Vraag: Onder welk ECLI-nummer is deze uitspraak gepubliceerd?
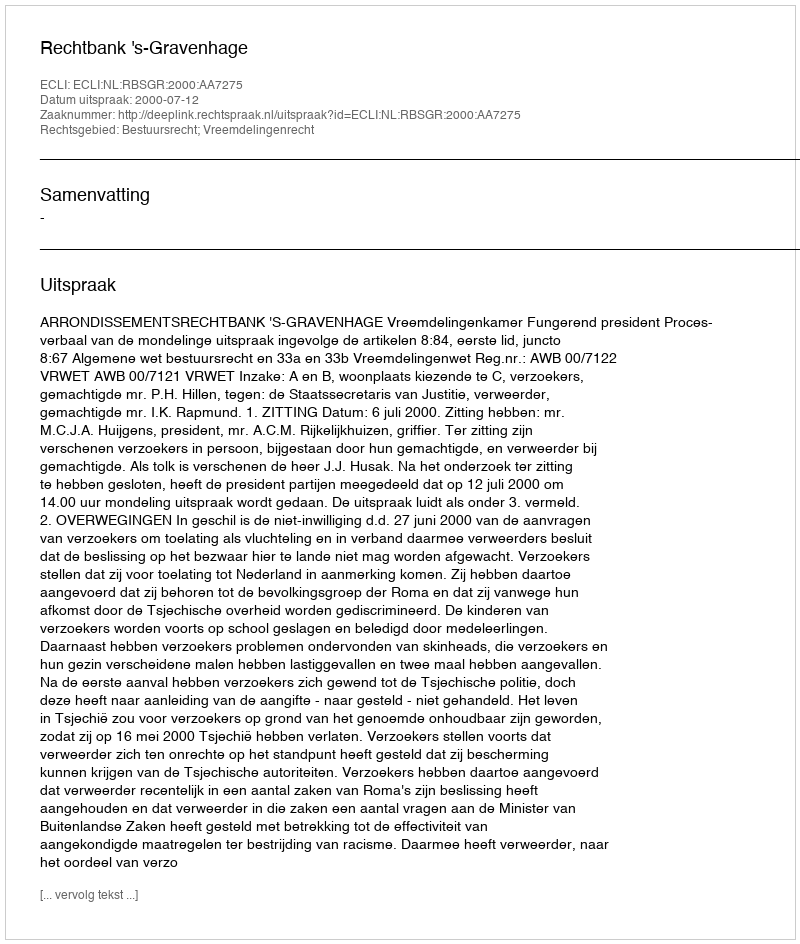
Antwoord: ECLI:NL:RBSGR:2000:AA7275